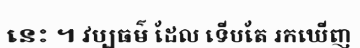
នេះ ។ វប្បធម៌ ដែល ទើបតែ រកឃើញ